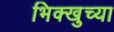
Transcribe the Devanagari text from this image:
भिक्खुच्या